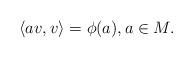
LaTeX: \begin{align*}\langle av,v \rangle=\phi(a), a\in M.\end{align*}